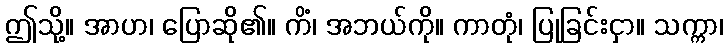
ဤသို့။ အာဟ၊ ပြောဆို၏။ ကိံ၊ အဘယ်ကို။ ကာတုံ၊ ပြုခြင်းငှာ။ သက္ကာ၊